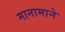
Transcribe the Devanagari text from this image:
मानामाने